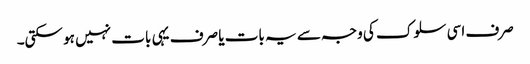
صرف اسی سلوک کی وجہ سے یہ بات یا صرف یہی بات نہیں ہو سکتی۔